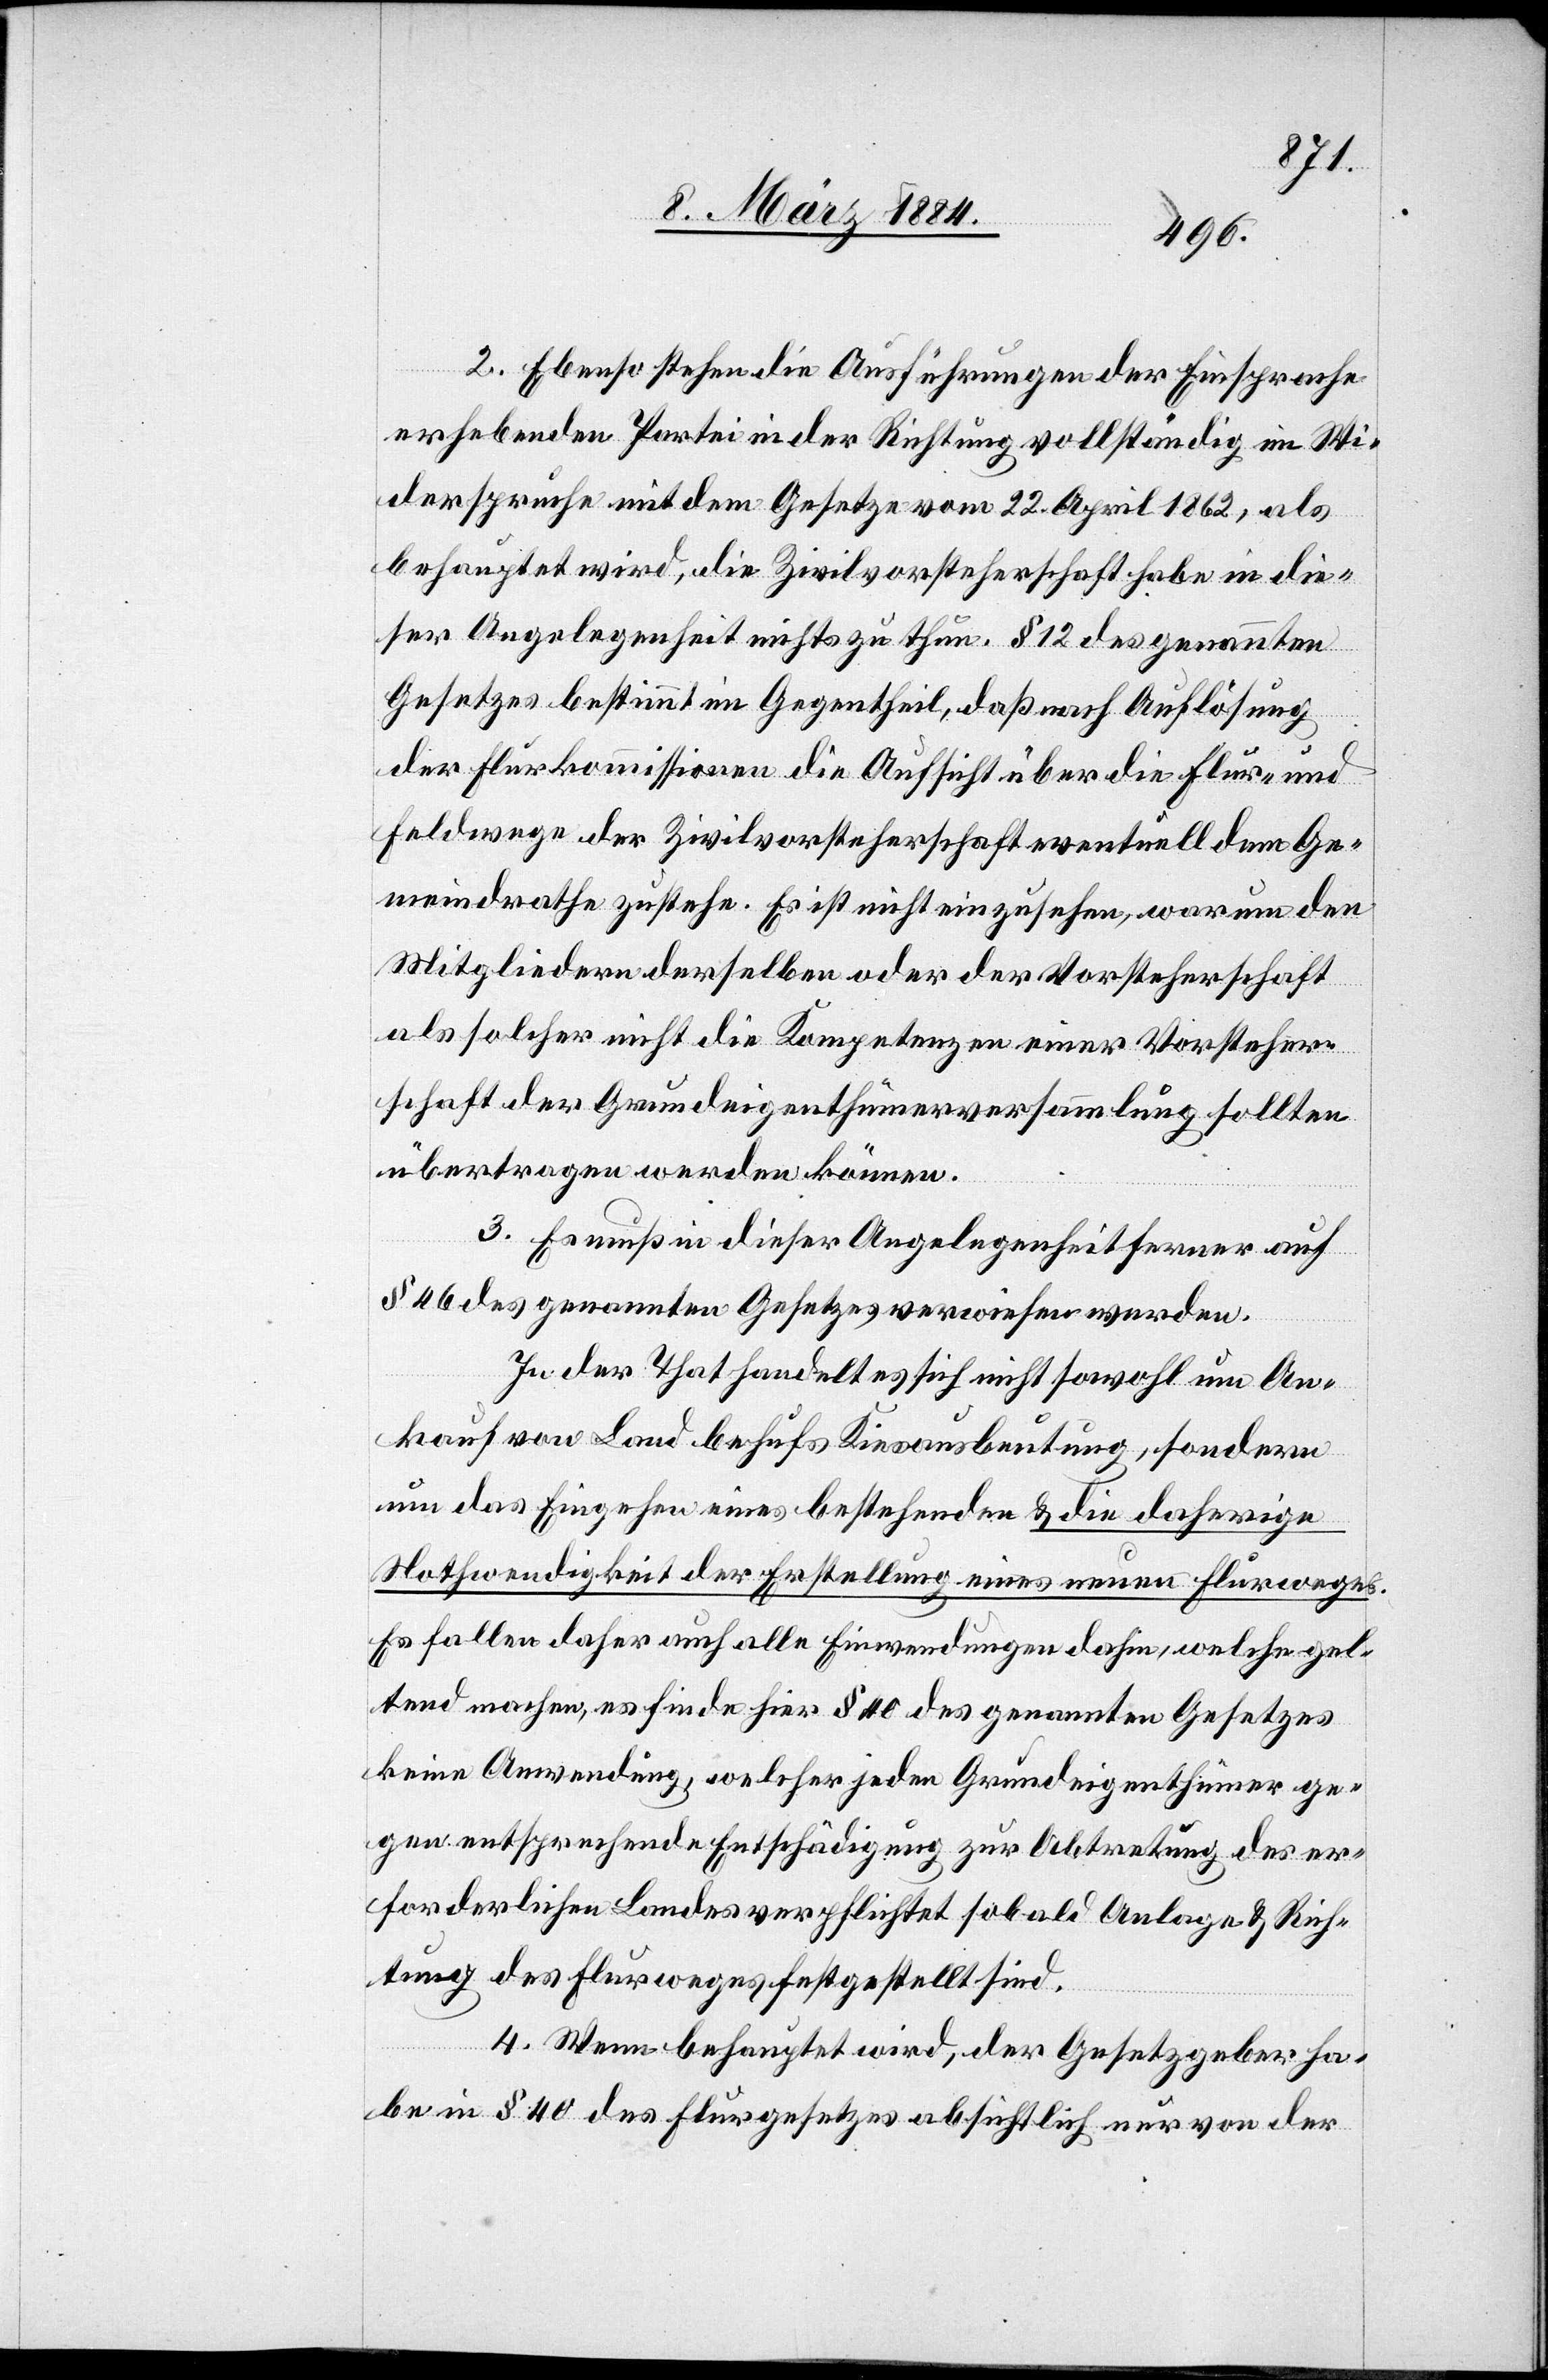
2. Ebenso stehen die Ausführungen der Einsprachen
erhebenden Parteien in der Richtung vollständig im Wi¬
derspruche mit dem Gesetze vom 22. April 1862, als
behauptet wird, die Zivilvorsteherschaft habe in die¬
ser Angelegenheit nichts zu thun. § 12 des genannten
Gesetzes bestimmt im Gegentheil, daß nach Auflösung
der Flurkommissionen die Aufsicht über die Flur- und
Feldwege der Zivilvorsteherschaft eventuell dem Ge¬
meindrathe zustehe. Es ist nicht einzusehen, warum den
Mitgliedern derselben oder der Vorsteherschaft
als solcher nicht die Kompetenzen einer Vorsteher¬
schaft der Grundeigenthümerversammlung sollten
übertragen werden können.
3. Es muß in dieser Angelegenheit ferner auf
§ 46 des genannten Gesetzes verwiesen werden.
In der That handelt es sich nicht sowohl um An¬
kauf von Land behufs Kiesausbeutung, sondern
um das Eingehen eines bestehenden & die daherige
Nothwendigkeit der Erstellung eines neuen Flurweges.
Es fallen daher auch alle Einwendungen dahin, welche gel¬
tend machen, es finde hier § 40 des genannten Gesetzes
keine Anwendung, welcher jeden Grundeigenthümer ge¬
gen entsprechende Entschädigung zur Abtretung des er¬
forderlichen Landes verpflichtet sobald Anlage & Rich¬
tung des Flurweges festgestellt sind.
4. Wenn behauptet wird, der Gesetzgeber ha¬
be § 40 des Flurgesetzes absichtlich nur von der